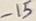
Text: -15